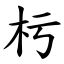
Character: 杇